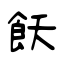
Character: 飫